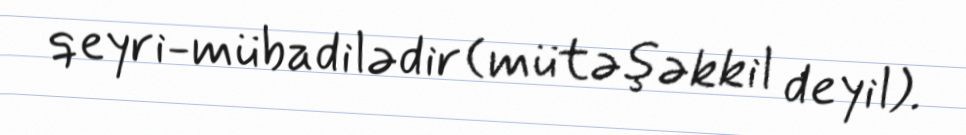
qeyri-mübadilədir (mütəşəkkil deyil).